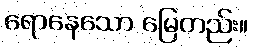
ရောနေသော မြေတည်း။